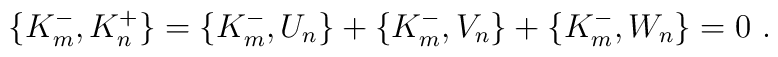
\{ K^-_m , K^+_n \} = \{ K^-_m , U_n \} + \{ K^-_m , V_n \} + \{ K^-_m , W_n \} = 0 \ .